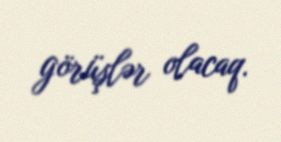
görüşlər olacaq.